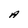
Character: A